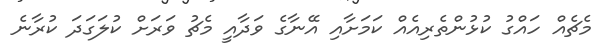
މެޗެއް ހައްގު ކުޅުންތެރިއެއް ކަމަށާއި އޭނާގެ ވަދާއީ މެޗު ވަރަށް ކުލަގަދަ ކުރާނެ